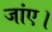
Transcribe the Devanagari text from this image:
जांए।